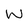
Character: W